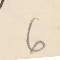
6